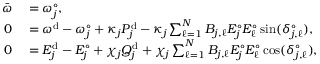
\begin{array} { r l } { \bar { \omega } } & { { } = \omega _ { j } ^ { \circ } , } \\ { 0 } & { { } = \omega ^ { \mathrm { d } } - \omega _ { j } ^ { \circ } + \kappa _ { j } P _ { j } ^ { \mathrm { d } } - \kappa _ { j } \sum _ { \ell = 1 } ^ { N } B _ { j , \ell } E _ { j } ^ { \circ } E _ { \ell } ^ { \circ } \sin ( \delta _ { j , \ell } ^ { \circ } ) , } \\ { 0 } & { { } = E _ { j } ^ { \mathrm { d } } - E _ { j } ^ { \circ } + \chi _ { j } Q _ { j } ^ { \mathrm { d } } + \chi _ { j } \sum _ { \ell = 1 } ^ { N } B _ { j , \ell } E _ { j } ^ { \circ } E _ { \ell } ^ { \circ } \cos ( \delta _ { j , \ell } ^ { \circ } ) , } \end{array}